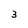
Character: 3